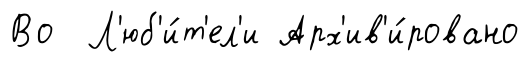
Во Л'юб'и́т'ел'и Арх'ив'и́ровано